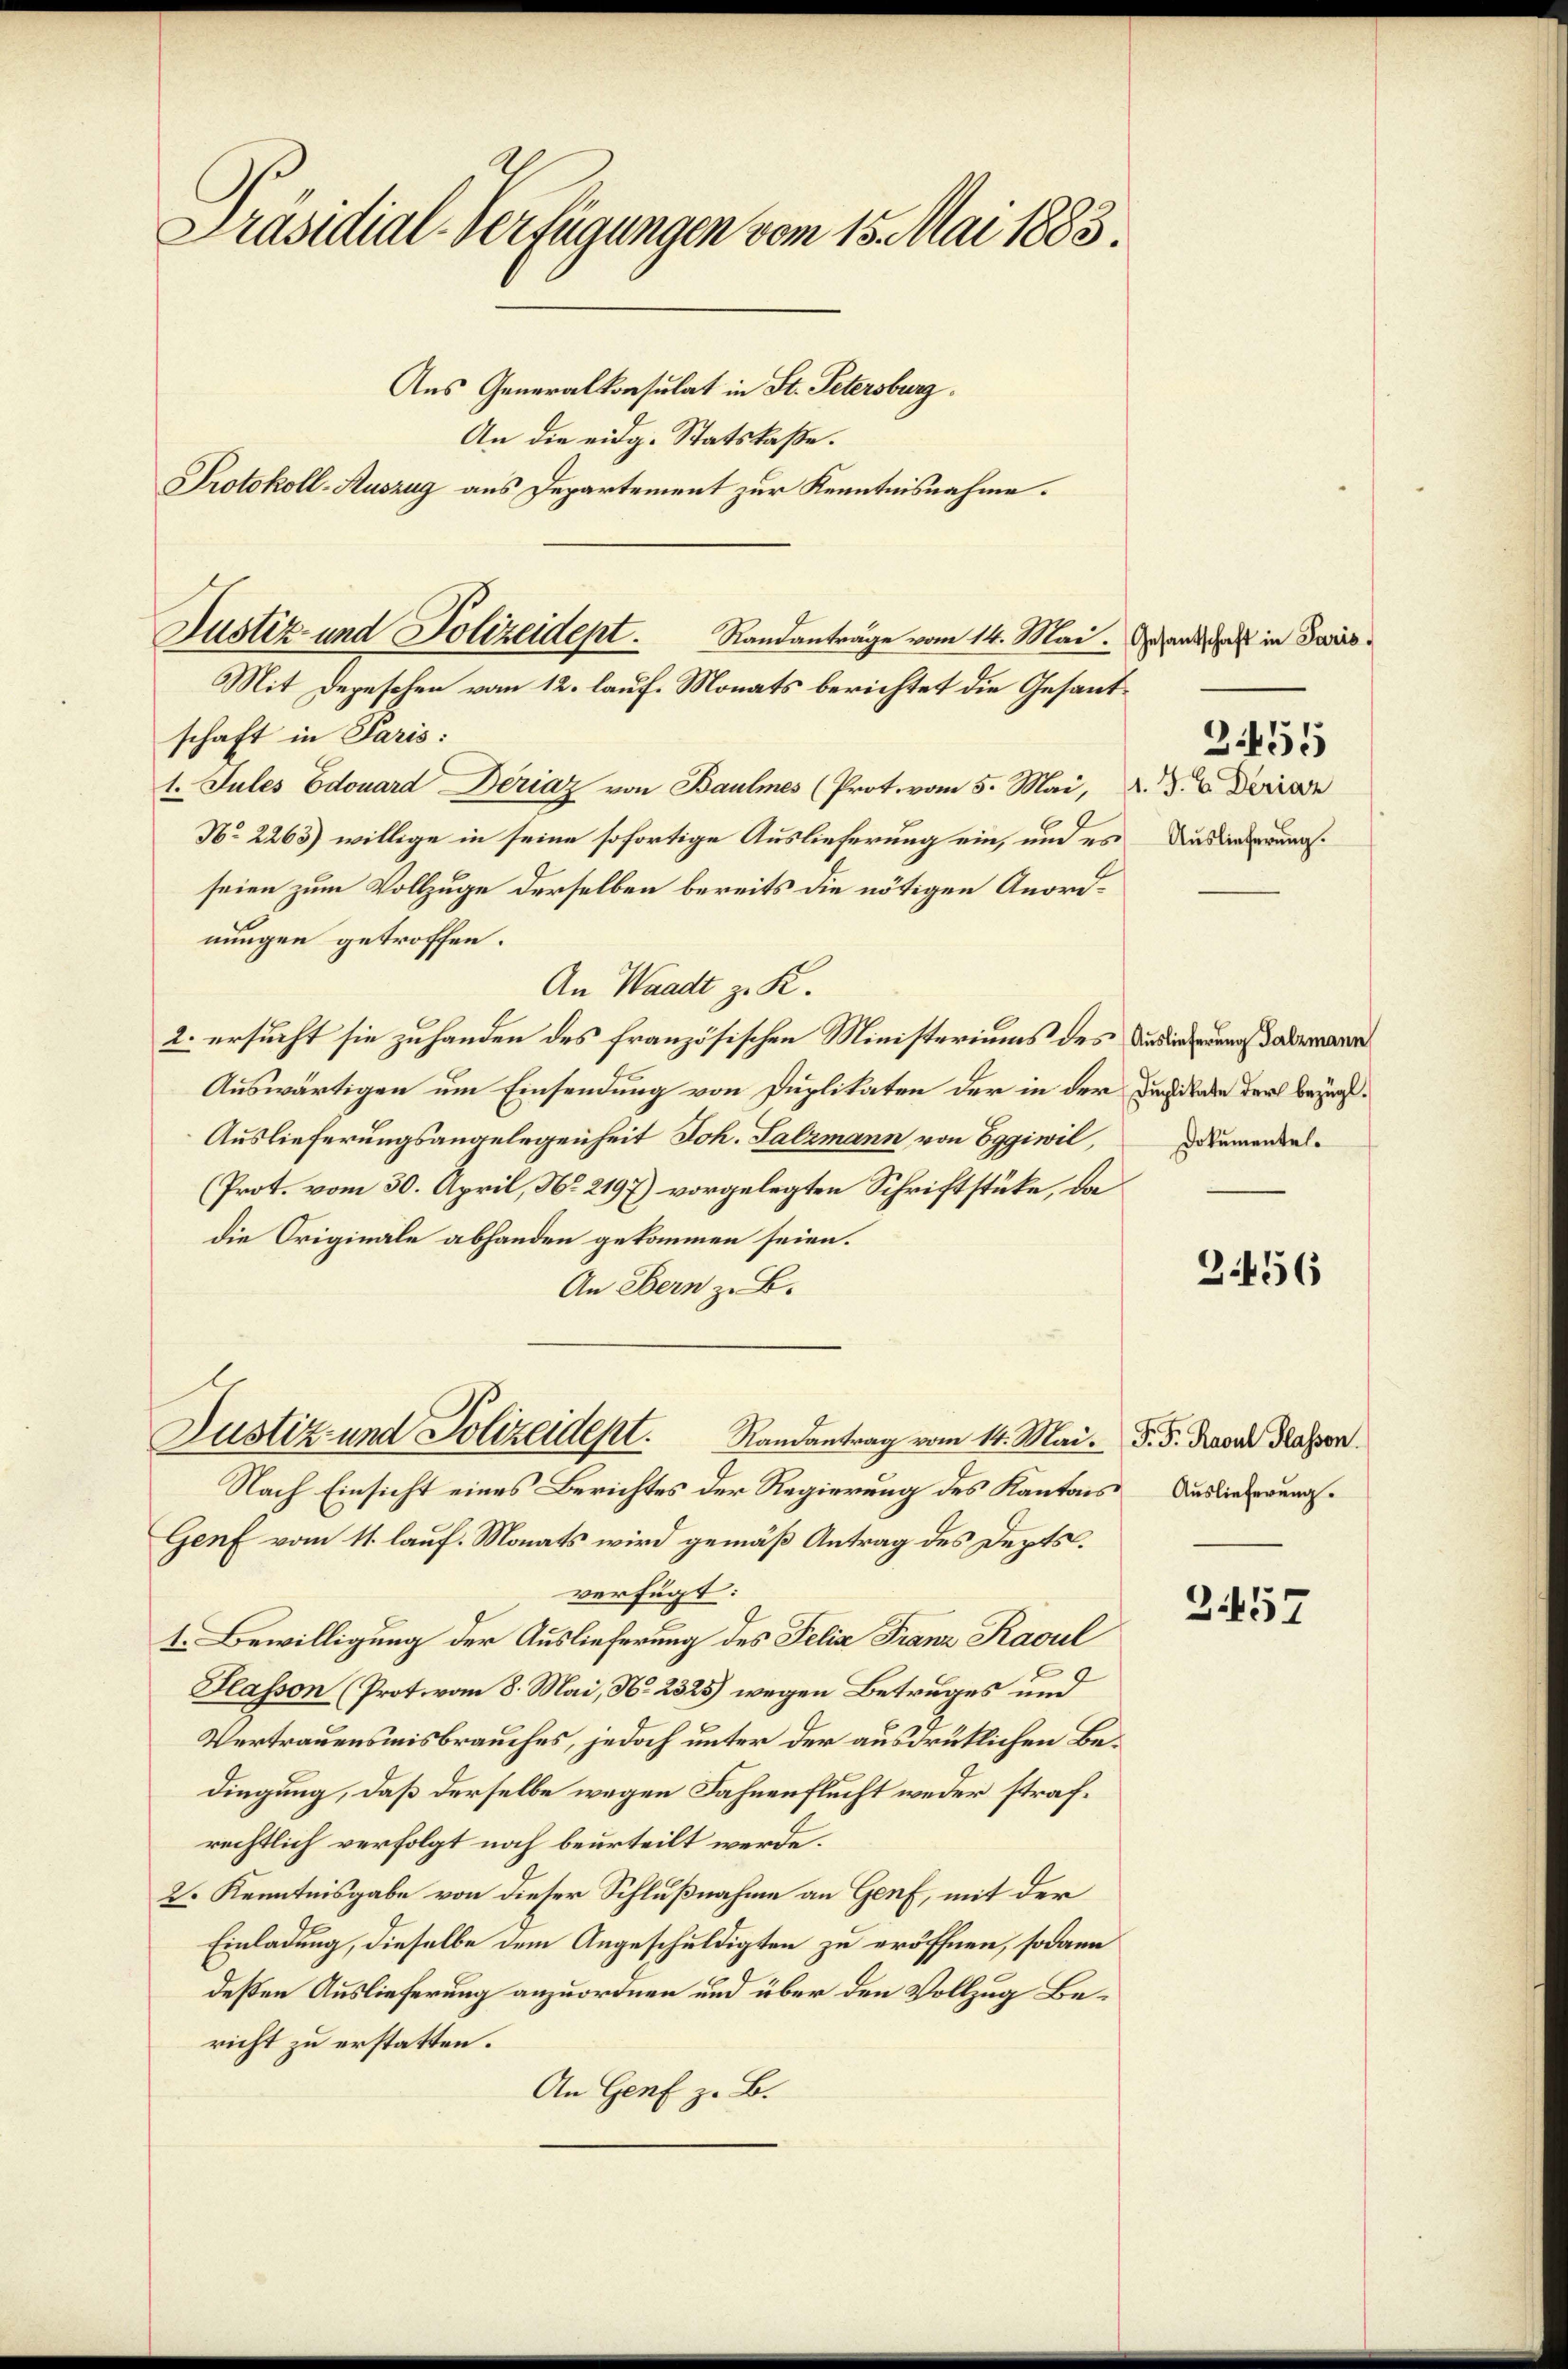
Präsidial-Verfügungen vom 15. Mai 1883.
Aus Generalkonsulat in St. Petersburg.
An die eidg. Statskaße.
Protokoll-Auszug aus Departement zur Kenntnisnahme.

Justiz- und Polizeidept.
Randanträge vom 14. Mai.
Mit Depeschen vom 12. lauf. Monats berichtet die Gesand¬

schaft in Paris:
t. Jules Edouard Deriaz von Baumes (Prot. vom 5. Mai,
No 2265) willige in seine sofortige Auslieferung ein, und es
seien zum Vollzuge derselben bereits die nötigen Anordnungen getroffen.
An Waadt z. K.
2. ersucht sie zu handen des französischen Ministeriums des Du die dabe
Auswärtigen um Einsendung von Duplikaten der in der Diale der Bezug¬
Auslieferungsangelegenheit Joh. Salzmann von Eggiwil,
(Prot. vom 30. April, No. 2197) vorgelegten Schriftstücke, da
die Originale abhanden gekommen seien.
An Bern z. B.
Justiz- und Polizeidept. Randantrag vom 14. Mai.
Nach Einsicht eines Berichtes der Regierung des Kantons
Genf vom 11. lauf. Monats wird gemäß Antrag des Depts.
verfügt:
1. Bewilligung der Auslieferung des Felix Franz Kacul
Hlasson (Prot. vom 8. Mai, No. 2325) wegen Betruges und
Vertrauensmisbrauches, jedoch unter der ausdrüklichen Bedingung, daß derselbe wegen Fahnenflucht weder strafrechtlich verfolgt noch beurteilt werde.
2. Kenntnisgabe von dieser Schlußnahme an Genf, mit der
Einladung, dieselbe dem Angeschuldigten zu eröffnen, sodann
deßen Auslieferung anzuordnen und über den Vollzug Bericht zu erstatten.
An Genf z. B.

Gesantschaft in Paris,

1. J. C. Deriaz
Auslieferung.

3455

Dokumentel.

2.456

P. F. Rasul Klassen.
Auslieferung.

2457